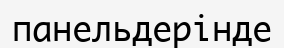
панельдерінде